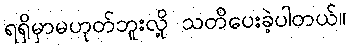
ရရှိမှာမဟုတ်ဘူးလို့ သတိပေးခဲ့ပါတယ်။